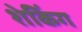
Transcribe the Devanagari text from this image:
शेकिंग